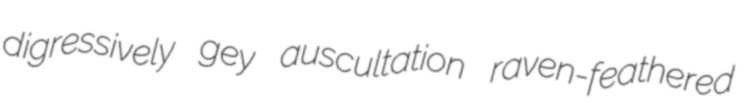
digressively gey auscultation raven-feathered